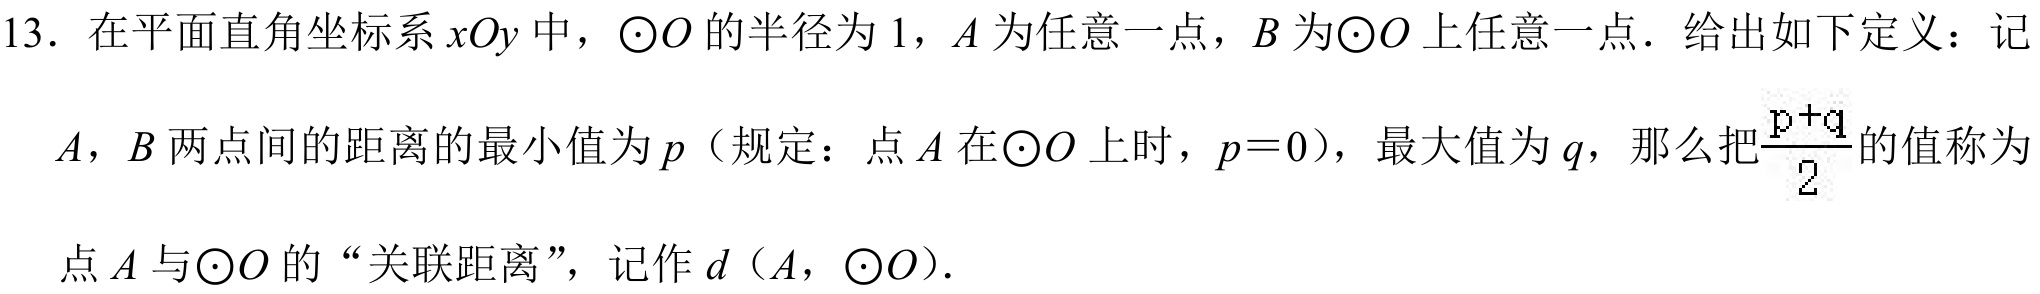
13. 在平面直角坐标系\(xOy\)中，\(\odot O\)的半径为\(1\)，\(A\)为任意一点，\(B\)为\(\odot O\)上任意一点．给出如下定义：记\(A\)，\(B\)两点间的距离的最小值为\(p\)（规定：点\(A\)在\(\odot O\)上时，\(p = 0\)），最大值为\(q\)，那么把\(\frac{p + q}{2}\)的值称为点\(A\)与\(\odot O\)的“关联距离”，记作\(d(A,\odot O)\).